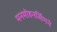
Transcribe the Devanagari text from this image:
मनमोहनसिंगने